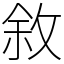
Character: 敘